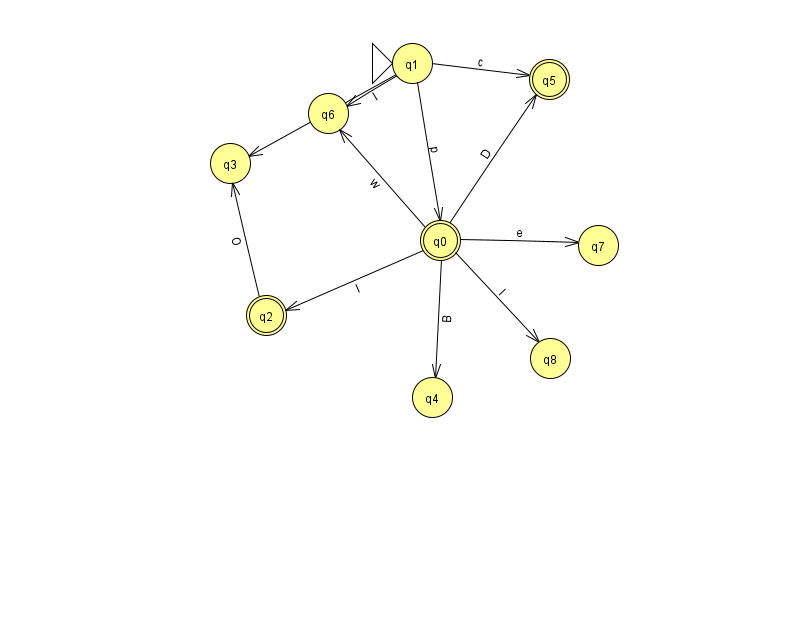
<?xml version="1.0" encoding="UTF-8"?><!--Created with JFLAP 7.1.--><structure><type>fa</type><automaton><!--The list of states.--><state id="0" name="q0"><x>440.0</x><y>227.0</y><final/></state><state id="1" name="q1"><x>412.0</x><y>50.0</y><initial/></state><state id="2" name="q2"><x>266.0</x><y>302.0</y><final/></state><state id="3" name="q3"><x>230.0</x><y>150.0</y></state><state id="4" name="q4"><x>432.0</x><y>384.0</y></state><state id="5" name="q5"><x>549.0</x><y>66.0</y><final/></state><state id="6" name="q6"><x>328.0</x><y>100.0</y></state><state id="7" name="q7"><x>598.0</x><y>232.0</y></state><state id="8" name="q8"><x>550.0</x><y>345.0</y></state><!--The list of transitions.--><transition><from>1</from><to>6</to><read>I</read></transition><transition><from>0</from><to>2</to><read>l</read></transition><transition><from>0</from><to>6</to><read>w</read></transition><transition><from>0</from><to>4</to><read>B</read></transition><transition><from>0</from><to>5</to><read>D</read></transition><transition><from>1</from><to>3</to><read>e</read></transition><transition><from>0</from><to>7</to><read>e</read></transition><transition><from>1</from><to>0</to><read>p</read></transition><transition><from>0</from><to>8</to><read>l</read></transition><transition><from>1</from><to>5</to><read>c</read></transition><transition><from>2</from><to>3</to><read>O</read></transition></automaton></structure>